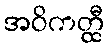
အဝိကတ္ထီ